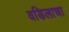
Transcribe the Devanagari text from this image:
वडिलाचा